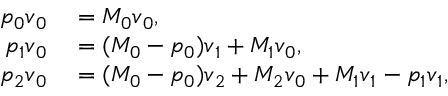
\begin{array} { r l } { p _ { 0 } \boldsymbol { v } _ { 0 } } & { { } = M _ { 0 } \boldsymbol { v } _ { 0 } , } \\ { p _ { 1 } \boldsymbol { v } _ { 0 } } & { { } = ( M _ { 0 } - p _ { 0 } ) \boldsymbol { v } _ { 1 } + M _ { 1 } \boldsymbol { v } _ { 0 } , } \\ { p _ { 2 } \boldsymbol { v } _ { 0 } } & { { } = ( M _ { 0 } - p _ { 0 } ) \boldsymbol { v } _ { 2 } + M _ { 2 } \boldsymbol { v } _ { 0 } + M _ { 1 } \boldsymbol { v } _ { 1 } - p _ { 1 } \boldsymbol { v } _ { 1 } , } \end{array}